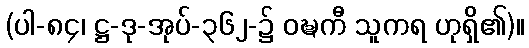
(ပါ-၈၄၊ ဋ္ဌ-ဒု-အုပ်-၃၆၂-၌ ဝဍ္ဎကီ သူကရ ဟုရှိ၏)။